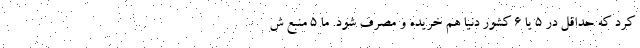
کرد که حداقل در ۵ یا ۶ کشور دنیا هم خریده و مصرف شود. ما ۵ منبع ش